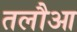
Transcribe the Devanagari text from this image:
तलौआ